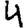
Digit: 4